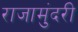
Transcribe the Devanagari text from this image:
राजामुंदरी